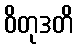
ဝိတုဒတိ